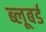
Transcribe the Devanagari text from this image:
ब्लूबर्ड